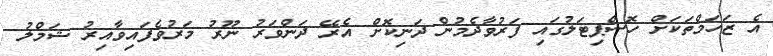
އެ ޒަހަމްތަކަށް ހޮސްޕިޓަލުގައި ފަރުވާދެމުން ދަނިކޮށް އެރޭ ދަންވަރު ނޫރު މަރުވެފައިވާއިރު ޝަމްލު